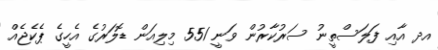
އދ އާއި ފަލަސްތީނު ސަރުކާރުން ވަނީ 551 މިލިއަން ޑޮލަރުގެ އެހީގެ ޕެކެޖެއް